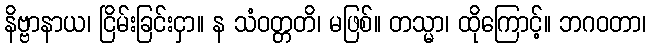
နိဗ္ဗာနာယ၊ ငြိမ်းခြင်းငှာ။ န သံဝတ္တတိ၊ မဖြစ်။ တသ္မာ၊ ထိုကြောင့်။ ဘဂဝတာ၊